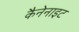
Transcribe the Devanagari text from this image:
कैनेनाइट